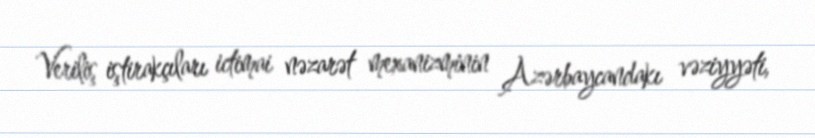
Veriliş iştirakçıları ictimai nəzarət mexanizminin Azərbaycandakı vəziyyəti,